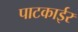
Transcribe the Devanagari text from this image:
पाटकाईर